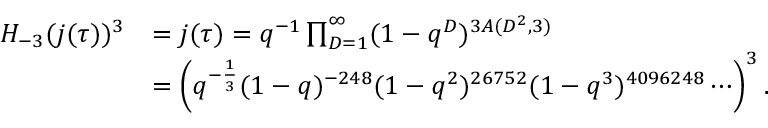
\begin{array} { r l } { H _ { - 3 } ( j ( \tau ) ) ^ { 3 } } & { = j ( \tau ) = q ^ { - 1 } \prod _ { D = 1 } ^ { \infty } ( 1 - q ^ { D } ) ^ { 3 A ( D ^ { 2 } , 3 ) } } \\ & { = \left( q ^ { - \frac { 1 } { 3 } } ( 1 - q ) ^ { - 2 4 8 } ( 1 - q ^ { 2 } ) ^ { 2 6 7 5 2 } ( 1 - q ^ { 3 } ) ^ { 4 0 9 6 2 4 8 } \cdots \right) ^ { 3 } . } \end{array}